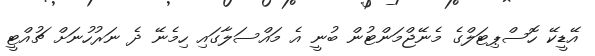
އޭޑީކޭ ހޮސްޕިޓަލްގެ މެނޭޖްމަންޓުން ބުނީ އެ މައްސަލާގައި ހިމެނޭ ދެ ނަރުހުނަށް ޗުއްޓީ